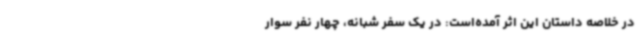
در خلاصه داستان این اثر آمده‌است: در یک سفر شبانه، چهار نفر سوار